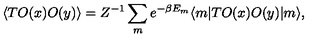
\langle T O ( x ) O ( y ) \rangle = Z ^ { - 1 } \sum _ { m } e ^ { - \beta E _ { m } } \langle m | T O ( x ) O ( y ) | m \rangle ,